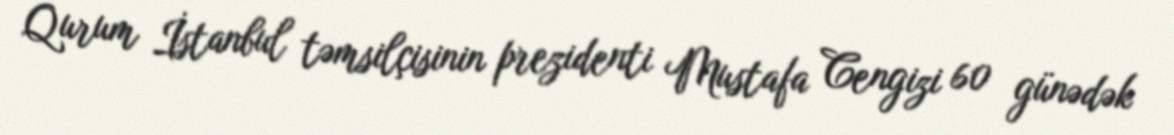
Qurum İstanbul təmsilçisinin prezidenti Mustafa Cengizi 60 günədək